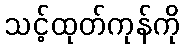
သင့်ထုတ်ကုန်ကို